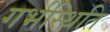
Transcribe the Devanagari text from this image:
गर्भस्थिति